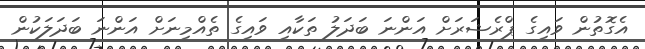
އެގޮތުން ވައިގެ ޕްރެޝަރަށް އަންނަ ބަދަލު ތަކާއި ވައިގެ ތެއްމިނަށް އަންނަ ބަދަލަކުން